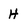
Character: H